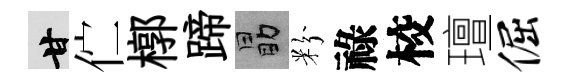
甘伫槨蹄勗粉祿校璮倔